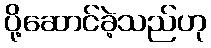
ပို့ဆောင်ခဲ့သည်ဟု